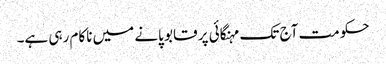
حکومت آج تک مہنگائی پر قابو پانے میں ناکام رہی ہے۔